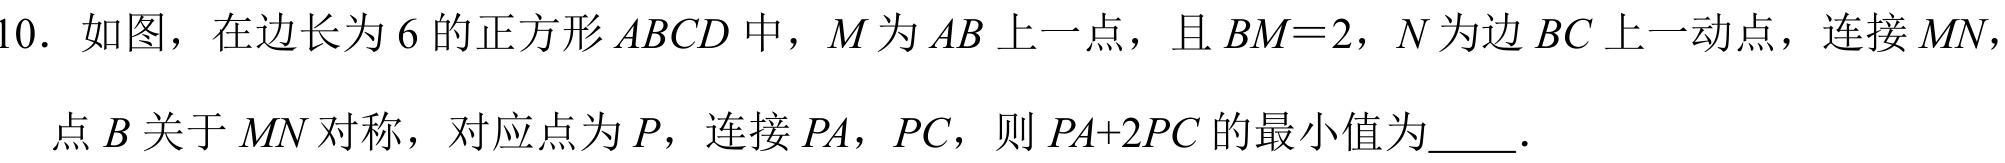
10. 如图，在边长为$6$的正方形$ABCD$中，$M$为$AB$上一点，且$BM = 2$，$N$为边$BC$上一动点，连接$MN$，
点$B$关于$MN$对称，对应点为$P$，连接$PA$，$PC$，则$PA + 2PC$的最小值为  ．